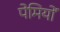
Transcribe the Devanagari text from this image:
पेमियों